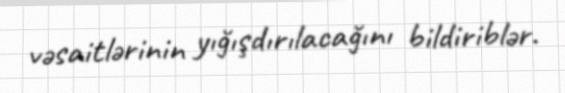
vəsaitlərinin yığışdırılacağını bildiriblər.